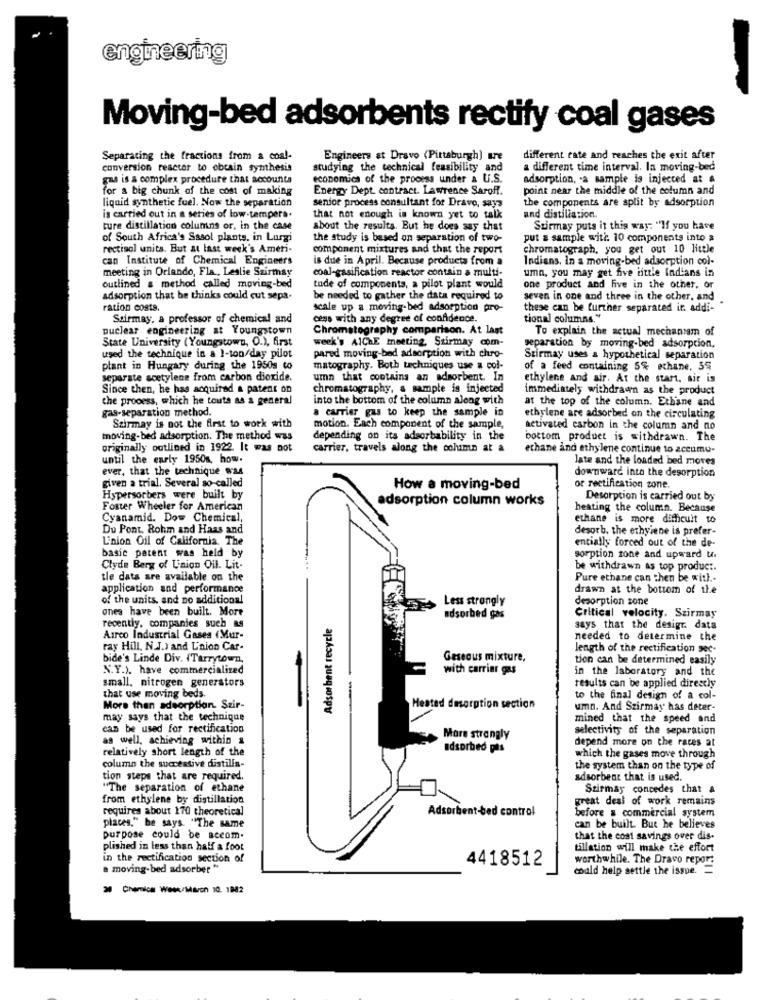
engineering
Moving-bed adsorbents rectify coal gases
Separating the fractions from a coal-
Engineers at Dravo (Pittsburgh) are
different rate and reaches the exit after
conversion reactor to obtain synthesis
studying the technical feasibility and
a different time interval. la moving-bed
gas is a complex procedure that accounta
economics of the process under & U.S.
adsorption, a sample is injecced at &
for a big chunk of the cost of making
Energy Dept. contract. Lawrence Saroff.
point near the middle of the column and
liquid synthetic fuel. Now the separation
the components are split by adsorption
senior process consultant for Dravo, says
is carried out in a series of low-tempers.
that not enough is known yet to talk
and distillation.
ture distillation columns or, in the case
about the results. But he does say that
Szirmay puts it this way: "If you have
of South Africa's Sasol plants. in Lurgi
the study is based on separation of two-
put a sample with. 10 components into &
rectisol units. But at last week's Ameri-
component mixtures and that the report
chromatograph, you get out 10 little
can Institute of Chemical Engineers
is due in April. Because products from a
Indians. In a moving-bed adsorption col-
meeting in Orlando, Fla ., Leslie Szirmay
coal-gasification reactor contain a multi-
uma, you may get five rittle Indians in
outlined a method called moving-bed
tude of components, a pilot plant would
one product and five in the other, or
adsorption that be thinks could cut sepa-
be needed to gather the data required to
seven in one and three in the other, and
ration costs.
scale up a moving-bed adsorption pro-
these can be further separated in addi-
Sairmay, a professor of chemical and
cess with any degree of confidence.
tional columns."
nuclear engineering a: Youngstown
Chromatography comparison. At last
To explain the actual mechanism of
State University (Youngstown, O.), first
week's AIChE meeting, Stirmay com-
separation by moving-bed adsorption.
used the technique in a 1-ton/day pilot
pared moving-bed adsorption with chro-
Szirmay uses a hypothetical separation
plant in Hungary during the 1950s to
matography. Both techniques use a col-
of a feed containing 5% ochane, 5%
separate acetylene from carbon dioxide.
umn that contains an adsorbent. In
ethylene and air. At the start, sit is
Since then, he has acquired a patent on
chromatography, a sample is injected
immediately withdrawn as the product
the process, which he touts as a general
into the bottom of the column along with
at the top of the column. Ethane and
gas-separation method.
a carrier gas to keep the sample in
Szirmay is not the first to work with
ethylene are adsorbed on the circulating
motion. Each component of the sample,
activated carbon in the column and no
moving-bed adsorption. The method was
depending on its adsorbability in the
bottom product is withdrawn. The
originally outlined in 1922. It was not
carrier, travels along the column at a
ethane and ethylene continue to accumu-
until the early 1950g, how.
late and the loaded bed moves
ever, that the technique was
downward into the desorption
given a trial. Several so-called
How a moving-bed
or rectification zone.
Hypersorbers were built by
adsorption column works
Desorption is carried out by
Foster Wheeler for American
heating the column. Because
Cyanamid. Dow Chemical,
ethane is more difficult to
Du Pont. Rohm and Haas and
desorb. the ethyiene is prefer-
L'nion Oil of California. The
entially forced out of the de-
basic patent was held by
sorption zone and upward ta
Clyde Berg of Linion Oil. Lit-
be withdrawn as top product.
tle cats are available on the
Pure ethane can then be with .-
application and performance
drawn at the bottom of the
of the units, and no additional
Less strongly
desorption zone
ones have been built. More
recently, companies such as
adsorbed gas
Critical velocity. Szirmay
Adsorbent recur
says that the design. data
Airco Industrial Gases (Mur-
needed to determine the
ray Hill, N.J.) and L'nion Car-
length of the rectification sec-
bide's Linde Div. (Tarrytown,
Gaseous mixture,
tion can be determined easily
N.Y.). have commercialized
with carrier gas
in the laboratory and the
small. nitrogen generators
results can be applied directly
that use moving beds
to the final design of a col-
More than adsorption. Szir-
Heated desorption section
umn. And Szirmay has deter-
may says that the technique
mined that the speed and
can be used for rectification
selectivity of the separation
as well, achieving within &
Mare strangly
depend more on the races at
relatively short length of the
adsorbed pis
which the gases move through
column the succeative distilla-
the system than on the type of
tion steps that are required.
adsorbent that is used.
"The separation of ethane
Stirmay concedes that &
from ethylene by distillation
great deal of work remains
requires about 170 theoretical
Adsorbent-bed control
before & commercial system
places." be says "The same
can be built. But he believes
purpose could be accom.
that the cost savings over dis-
plished in less than half a foot
tillation will make the effort
in the rectification section of
worthwhile. The Dravo report
a moving-bed adsorber "
4418512
could help settle the issue. =
Chemica Week/March 10. 1882